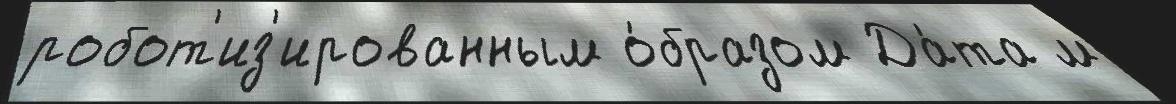
робот'из'ированным о́бразом Да́та м